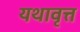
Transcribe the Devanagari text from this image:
यथावृत्त